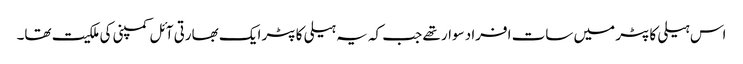
اس ہیلی کاپٹر میں سات افراد سوار تھے جب کہ یہ ہیلی کاپٹر ایک بھارتی آئل کمپنی کی ملکیت تھا۔